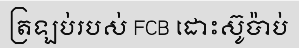
ត្រឡប់របស់ FCB ដោះស៊ូប៉ាប់